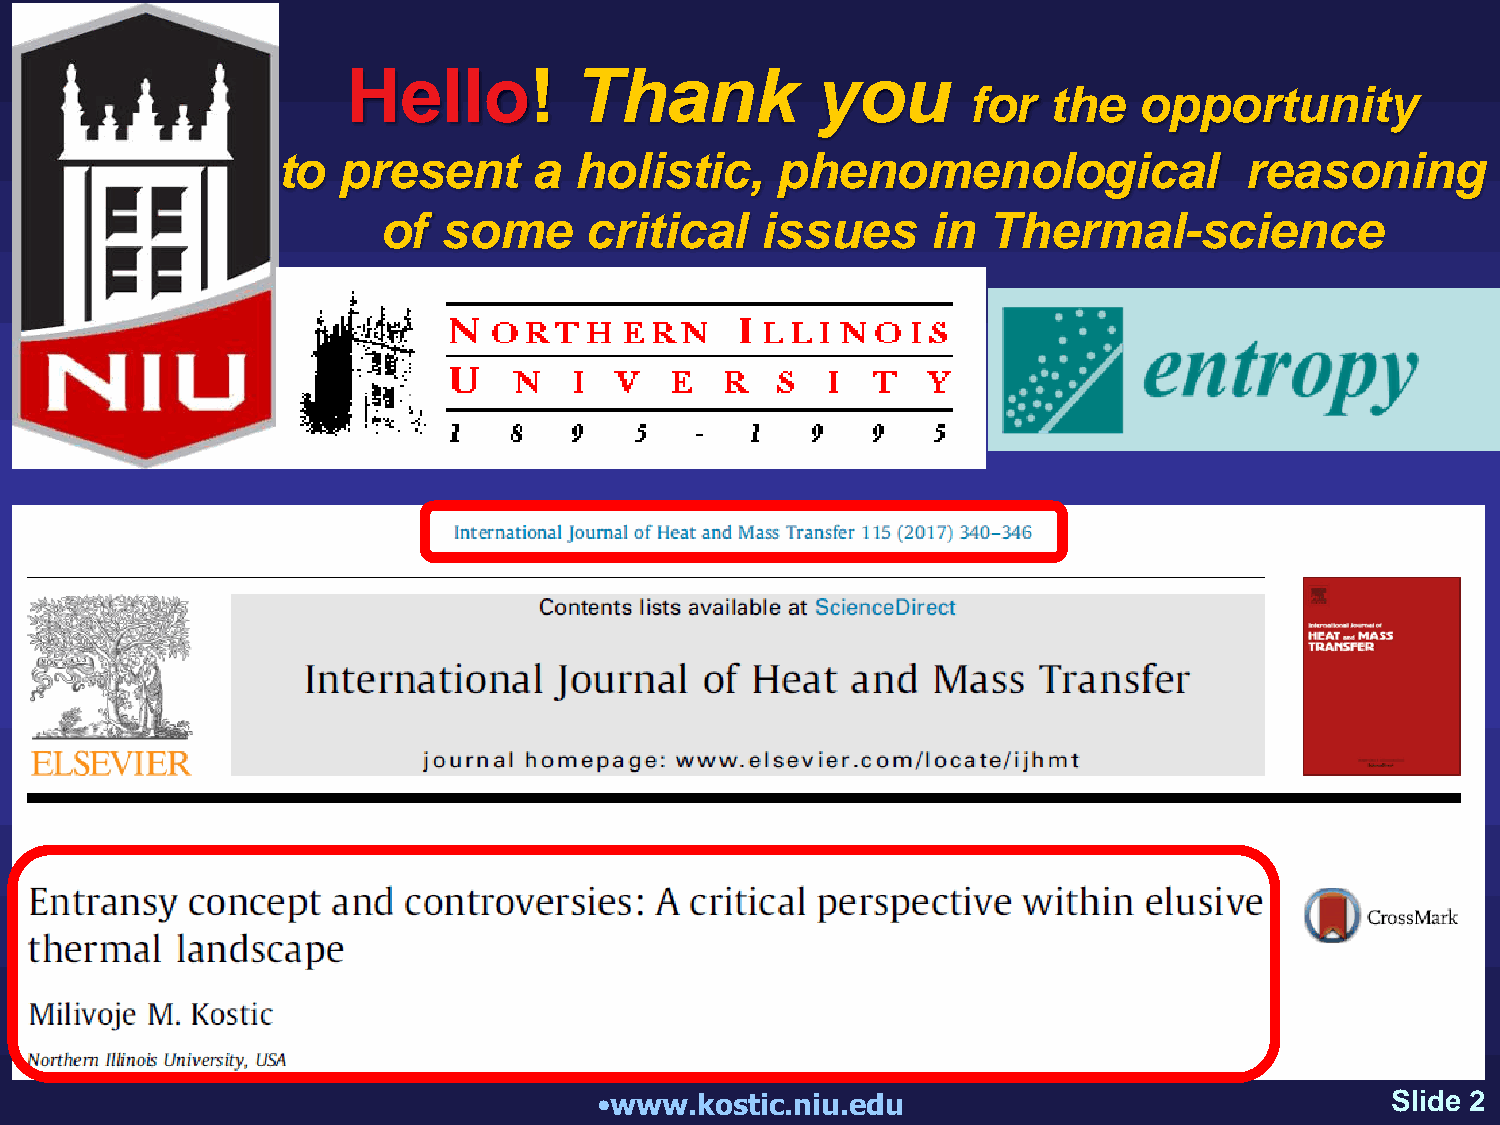
Hello!         Thank           you
 for   the  opportunity
 to  present      a  holistic,    phenomenological               reasoning
 of  some      critical   issues      in Thermal-science
 •www.kostic.niu.edu                                 Slide 2